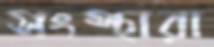
সংস্থারা